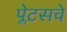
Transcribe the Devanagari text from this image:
प्लेटसचे